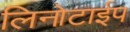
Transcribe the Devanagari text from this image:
लिनोटाईप